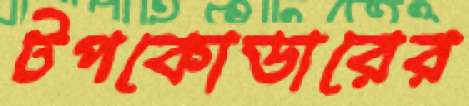
টপকোডারের